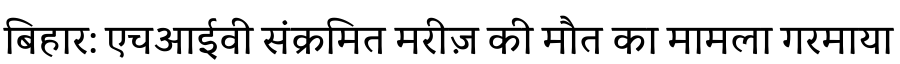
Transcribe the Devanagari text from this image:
बिहार: एचआईवी संक्रमित मरीज़ की मौत का मामला गरमाया